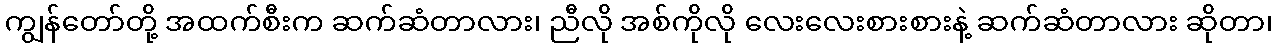
ကျွန်တော်တို့ အထက်စီးက ဆက်ဆံတာလား၊ ညီလို အစ်ကိုလို လေးလေးစားစားနဲ့ ဆက်ဆံတာလား ဆိုတာ၊